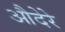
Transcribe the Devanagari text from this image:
औदेरे